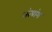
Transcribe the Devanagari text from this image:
अंत्यांग